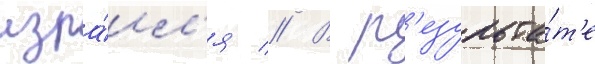
изра́ил'я // В р'езульта́т'е